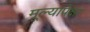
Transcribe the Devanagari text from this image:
मूल्यापेक्षा